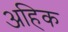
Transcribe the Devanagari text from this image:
अहिक